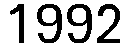
1992